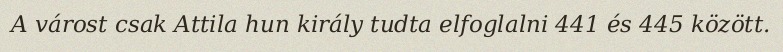
A várost csak Attila hun király tudta elfoglalni 441 és 445 között.